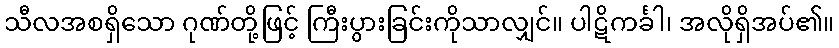
သီလအစရှိသော ဂုဏ်တို့ဖြင့် ကြီးပွားခြင်းကိုသာလျှင်။ ပါဋိကင်္ခါ၊ အလိုရှိအပ်၏။